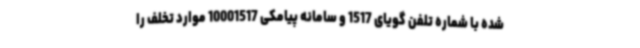
شده با شماره تلفن گویای 1517 و سامانه پیامکی 10001517 موارد تخلف را